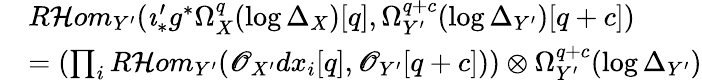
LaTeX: \begin{array}{rl}&{R\mathcal{H}om_{Y^{\prime}}(\imath_{*}^{\prime}g^{*}\Omega_{X}^{q}(\log\Delta_{X})[q],\Omega_{Y^{\prime}}^{q+c}(\log\Delta_{Y^{\prime}})[q+c])}\\ &{=(\prod_{i}R\mathcal{H}om_{Y^{\prime}}(\mathscr{O}_{X^{\prime}}dx_{i}[q],\mathscr{O}_{Y^{\prime}}[q+c]))\otimes\Omega_{Y^{\prime}}^{q+c}(\log\Delta_{Y^{\prime}})}\end{array}